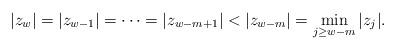
LaTeX: \begin{align*} |z_{w}|=|z_{w-1}|=\cdots=|z_{w-m+1}|<|z_{w-m}|=\min_{j\ge w-m}|z_j|. \end{align*}